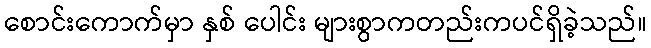
စောင်းကောက်မှာ နှစ် ပေါင်း များစွာကတည်းကပင်ရှိခဲ့သည်။